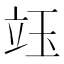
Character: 𥩨